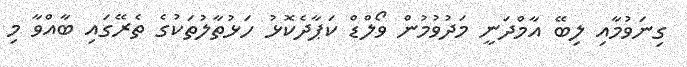
ގިނަވުމާއި ލިބޭ އާމްދަނީ މަދުވުމުން ވޯލްޑް ކަޕާދެކޮޅު ހަޅުތާލުތަކުގެ ތެރޭގައި ބާއްވާ މި